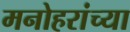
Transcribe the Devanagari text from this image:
मनोहरांच्या